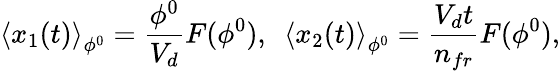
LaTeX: \left\langle x_{1}(t)\right\rangle_{\phi^{0}}=\frac{\phi^{0}}{V_{d}}F(\phi^{0}),\ \ \left\langle x_{2}(t)\right\rangle_{\phi^{0}}=\frac{V_{d}t}{n_{fr}}F(\phi^{0}),